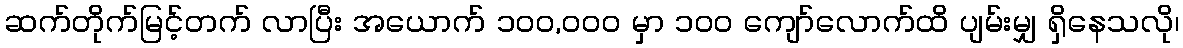
ဆက်တိုက်မြင့်တက် လာပြီး အယောက် ၁၀၀,၀၀၀ မှာ ၁၀၀ ကျော်လောက်ထိ ပျမ်းမျှ ရှိနေသလို၊